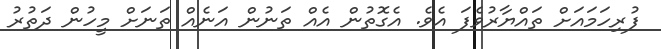
ފުރިހަމައަށް ތައްޔާރުވެފަ އެވެ. އެގޮތުން އެއް ތަނުން އަނެއް ތަނަށް މީހުން ދަތުރު